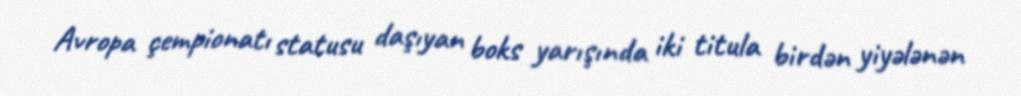
Avropa çempionatı statusu daşıyan boks yarışında iki titula birdən yiyələnən